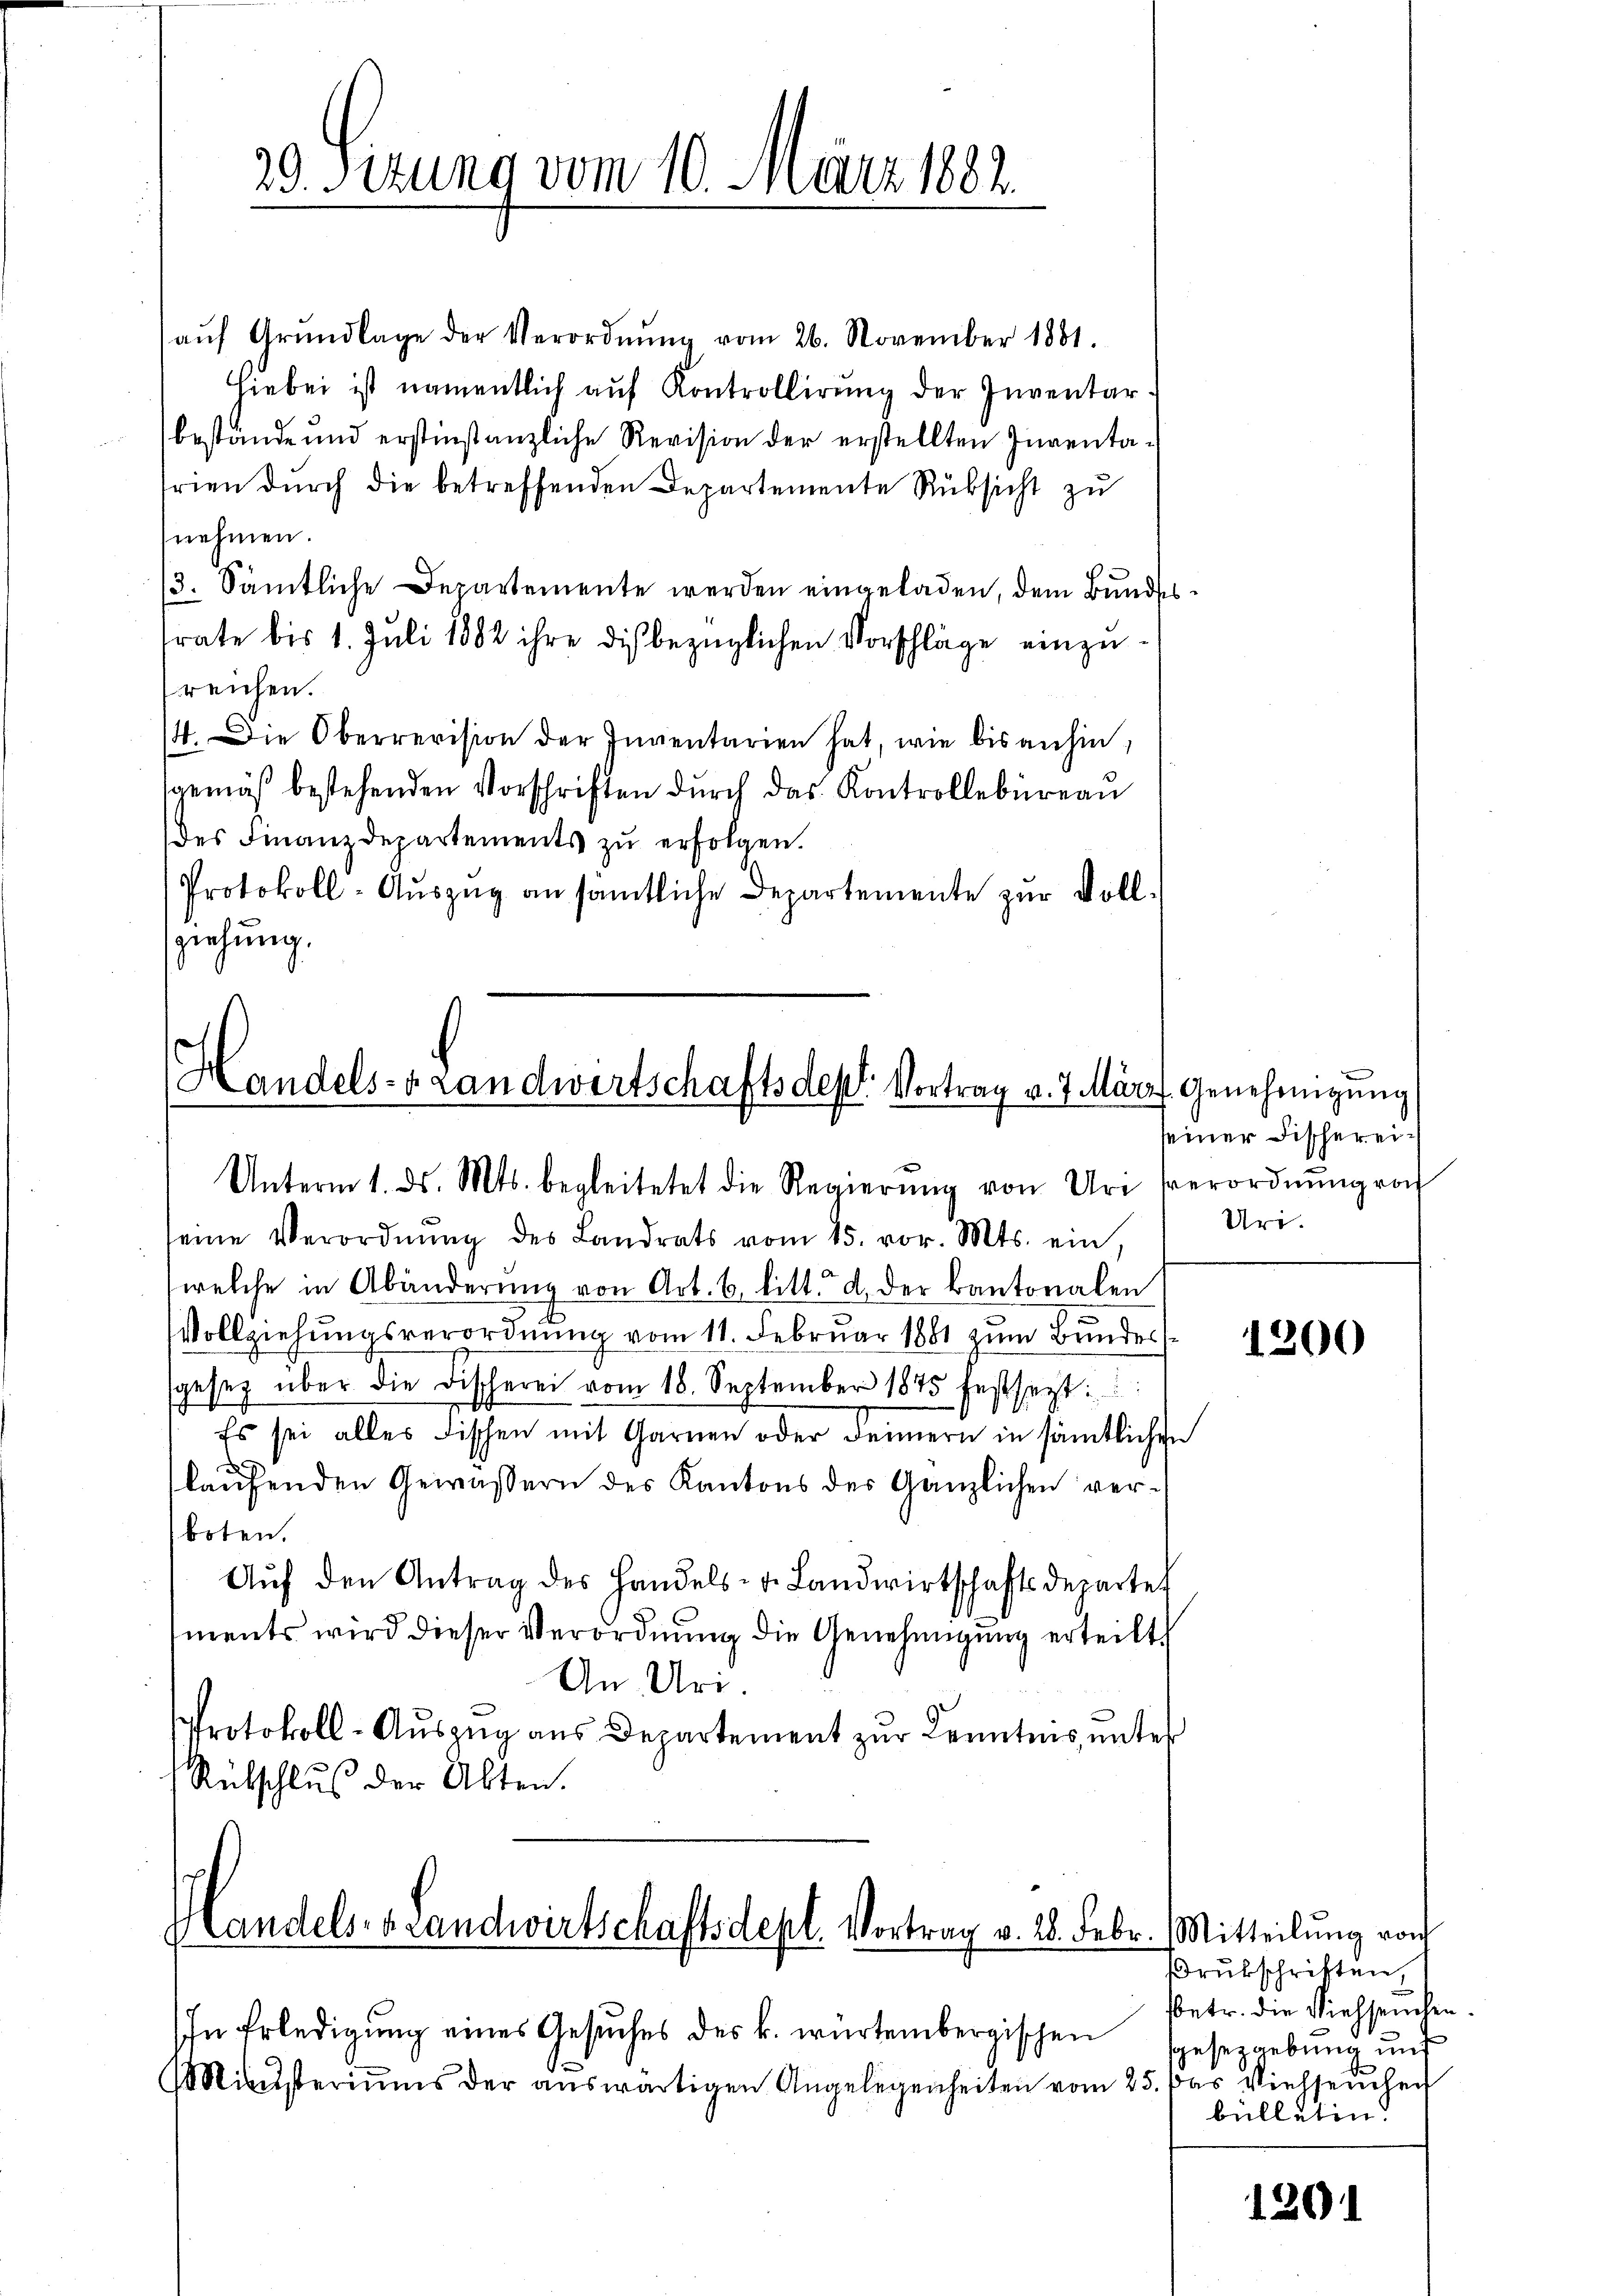
20. Sizung vom 10. März 1882.

Handels- & Landwirtschaftsdept. Vortrag v. 7. März Genehmigŭng
Unterm 1. ds. Mts. begleitetet die Regierŭng von Uri verordnŭng noch

aŭf Grŭndlage der Verordnŭng vom 26. November 1881.
Hiebei ist namentlich auf Kontrollirung der Inventar.
bestände und erstinstanzliche Revision der erstellten Inventarien durch die betreffenden Departemente Rüksicht zu
nehmen.
/3. Sämtliche Departemente werden eingeladen, dem Bundes
trate bis 1. Juli 1882 ihre dis bezüglichen Vorschläge einzureichen.
4. Die Oberrevision der Inventarien hat, wie bis anhin,
gemäβ bestehenden Vorschriften dŭrch das Kontrollbüreaŭ
des Finanzdepartements zu erfolgen.
Protokoll-Aŭszŭg an sämtliche Departemente zur Vollziehung.

seine Verordnŭng des Landrats vom 15. vor. Mts. ein,
welche in Abänderŭng von Art. 6 litt. d. der Kantonalen
Vollziehungsverordnung vom 11. Februar 1881 zum Bundesgesetz über die Fischerei vom 18. September 1875 festsert:
¬
Es sei alles Fischen mit Garnen oder deinern in sämtlichen
A
laŭfenden Gewässern des Kantons der Gänzlichen verboten.
Aŭf den Antrag des Handels- u. Landwirtschaftsdepartet
ments wird dieser Verordnung die Genehmigung erteilt
An Uri.
Protokoll-Auszug aus Departement zur Kenntnis, unter
Rübschlus der Alten.

Handels- & Landwirtschaftsdepl. Vortrag v. 28. Febr.

In Erledigŭng eines Gesŭches des k. würtembergischen
Mitŭsteriums der auswärtigen Angelegenheiten vom 25.

seiner Fischerei¬
Uri.

1200

Mitteilung von
Drukschriften,
sbetr. die Viehseuchen.
sgesetzgebung auf
 Das Viehseinheit
bülleten.

1201